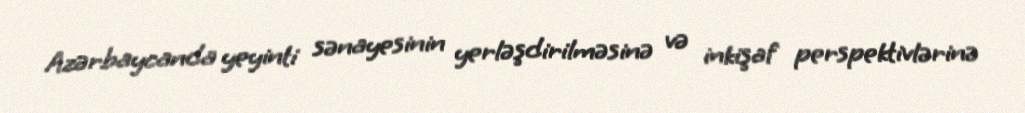
Azərbaycanda yeyinti sənayesinin yerləşdirilməsinə və inkişaf perspektivlərinə